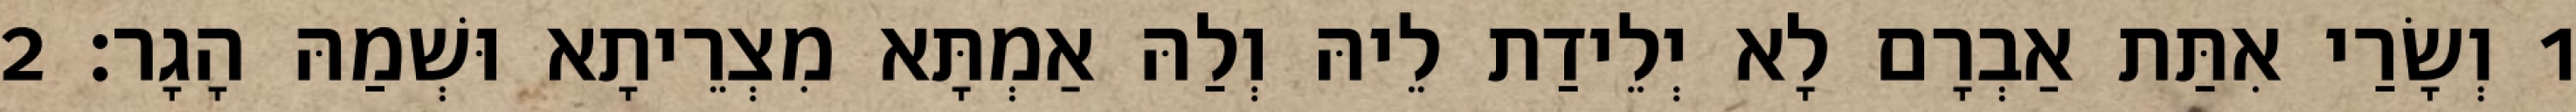
1 וְשָׂרַי אִתַּת אַבְרָם לָא יְלֵידַת לֵיהּ וְלַהּ אַמְתָּא מִצְרֵיתָא וּשְׁמַהּ הָגָר׃ 2